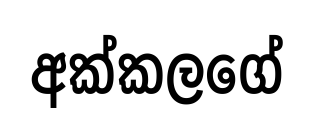
අක්කලගේ